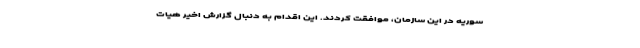
سوریه در این سازمان، موافقت کردند. این اقدام به دنبال گزارش اخیر هیات